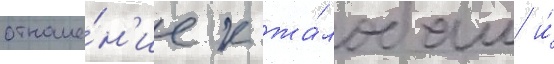
отноше́н'ие к жа́лобам и́